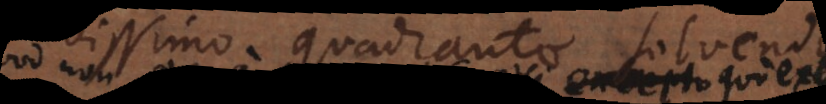
de novissimo quadrante